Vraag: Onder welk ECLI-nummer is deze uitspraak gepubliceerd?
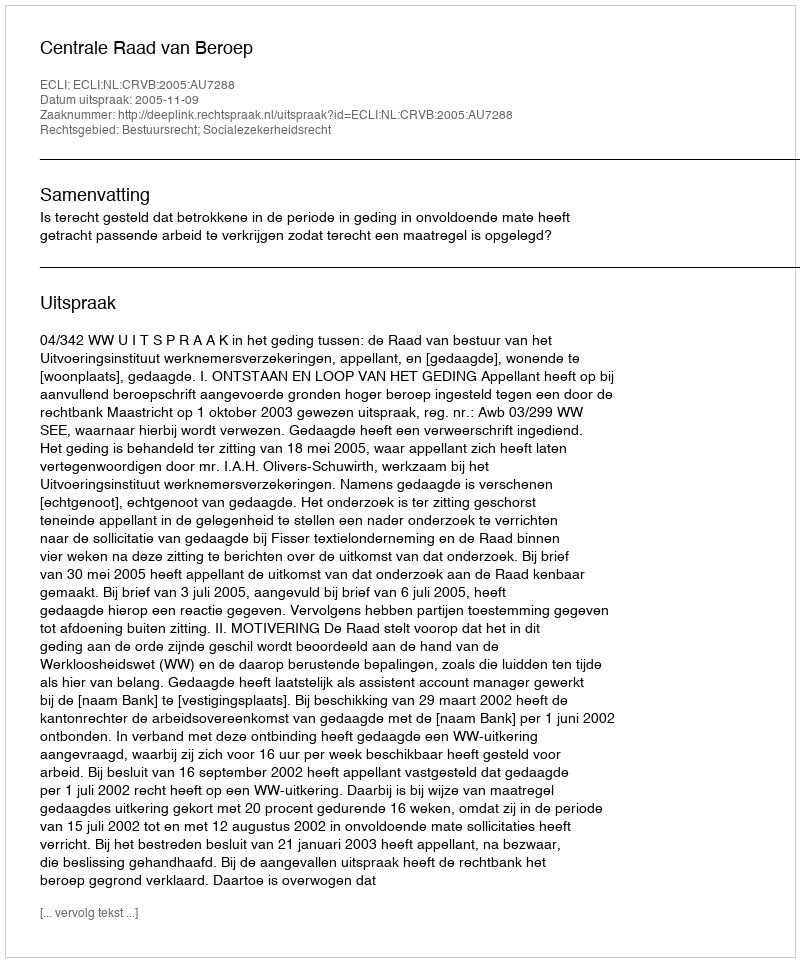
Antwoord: ECLI:NL:CRVB:2005:AU7288